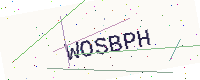
Text: WOSBPH